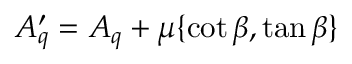
A _ { q } ^ { \prime } = A _ { q } + \mu \{ \cot \beta , \tan \beta \}